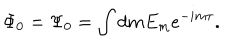
LaTeX: \Phi _ { 0 } = \Psi _ { 0 } = \int d m E _ { m } e ^ { - i m \tau } .